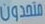
متحدون